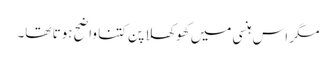
مگر اس ہنسی میں کھوکھلا پن کتنا واضح ہوتا تھا۔